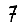
Digit: 7